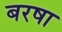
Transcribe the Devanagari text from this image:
बरषा